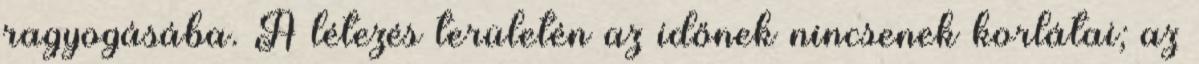
ragyogásába. A létezés területén az időnek nincsenek korlátai; az